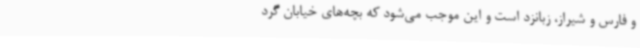
و فارس و شیراز، زبانزد است و این موجب می‌شود که بچه‌های خیابان گرد